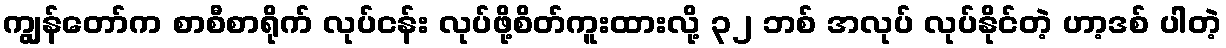
ကျွန်တော်က စာစီစာရိုက် လုပ်ငန်း လုပ်ဖို့စိတ်ကူးထားလို့ ၃၂ ဘစ် အလုပ် လုပ်နိုင်တဲ့ ဟာ့ဒစ် ပါတဲ့